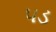
પડ